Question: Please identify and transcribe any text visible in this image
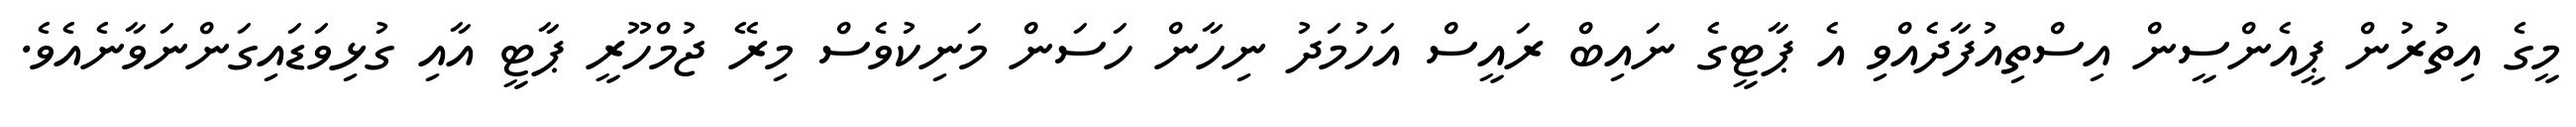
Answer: މީގެ އިތުރުން ޕީއެންސީން އިސްތިއުފާދެއްވި އެ ޕާޓީގެ ނައިބް ރައީސް އަހުމަދު ނިހާން ހަސަން މަނިކުވެސް މިރޭ ޖުމްހޫރީ ޕާޓީ އާއި ގުޅިވަޑައިގަންނަވާނެއެވެ.